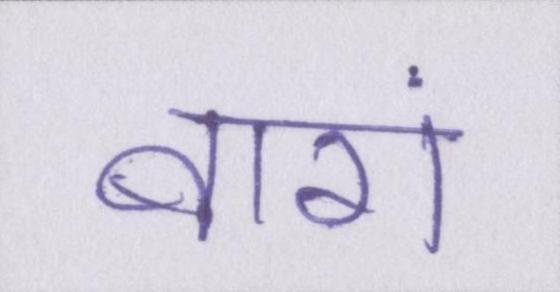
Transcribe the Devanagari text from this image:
बारां